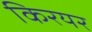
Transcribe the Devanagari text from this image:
किरयर